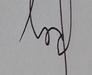
Signature authenticity: genuine